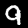
Digit: 9